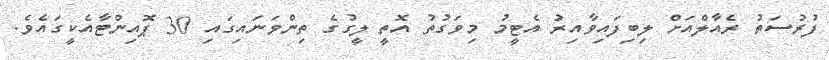
ފުރުސަތު ރެއާލްއަށް ލިބިފައިވާއިރު އެޓީމު މިވަގުތު އޮތީ ލީގުގެ ތިންވަނައިގައި 30 ޕޮއިންޓާއެކީގައެވެ.